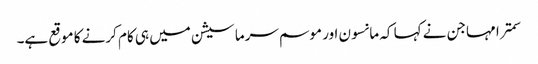
سمترا مہاجن نے کہا کہ مانسون اور موسم سرما سیشن میں ہی کام کرنے کا موقع ہے۔